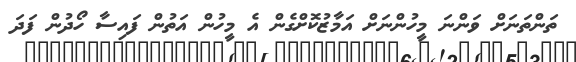
ތަންތަނަށް ވަންނަ މީހުންނަށް އަމާޒުކޮށްގެން އެ މީހުން އަތުން ފައިސާ ހޯދުން ފަދަ